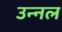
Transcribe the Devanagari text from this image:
उन्नल